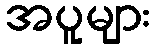
အပူများ